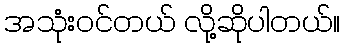
အသုံးဝင်တယ် လို့ဆိုပါတယ်။